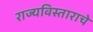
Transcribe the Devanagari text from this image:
राज्यविस्ताराचे